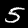
Digit: 5